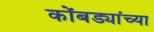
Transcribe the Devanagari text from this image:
कोंबड्यांच्या